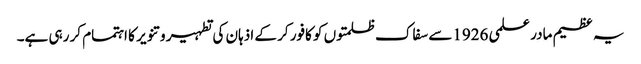
یہ عظیم مادر علمی 1926سے سفاک ظلمتوں کو کافور کر کے اذہان کی تطہیر و تنویر کا اہتمام کر رہی ہے۔